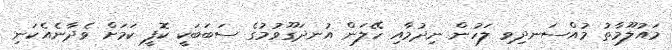
މައުލޫމާތު މުއްސަނދިވި ލަހުން ނިދުމާއި ހޭލަން އުނދަގޫވުމުގެ ސަބަބަކީ ކޮފީ ކަމަށް ވެދާނެއެކަނި